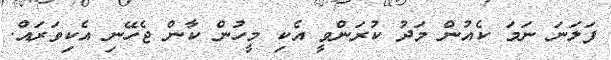
ފަލަނަ ނަމަ ކެއުން މަދު ކުރަަންވީ އެކި މީހުން ކާން ޖެހޭނި އެކިވަރައް.